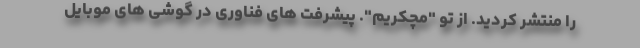
را منتشر کردید. از تو "مچکریم". پیشرفت های فناوری در گوشی های موبایل